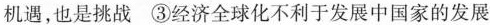
机遇，也是挑战 ③经济全球化不利于发展中国家的发展